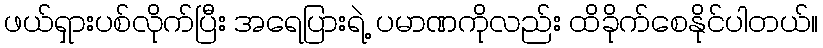
ဖယ်ရှားပစ်လိုက်ပြီး အရေပြားရဲ့ ပမာဏကိုလည်း ထိခိုက်စေနိုင်ပါတယ်။